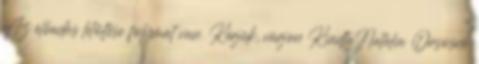
Az előadás letöltése folymat van. Kérjük, várjon KiadtaNatália Orsósné